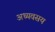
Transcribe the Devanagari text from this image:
अध्यवसय